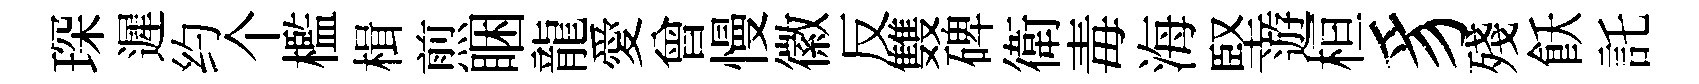
琛遲约个檻楫煎睏龍愛曾慢徽反䨇碑衛毒海堅遊桓豸殘飫託